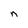
Character: n